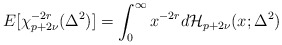
\begin{align*}E[\chi^{-2r}_{p+2\nu}(\Delta^2)] = \int_0^{\infty} x^{-2r} d\mathcal{H}_{p+2\nu}(x;\Delta^2)\end{align*}